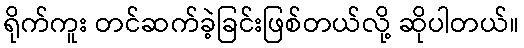
ရိုက်ကူး တင်ဆက်ခဲ့ခြင်းဖြစ်တယ်လို့ ဆိုပါတယ်။